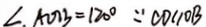
\angle A O B = 1 2 0 ^ { \circ } \because C D \vert \vert O B